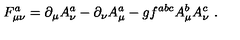
F _ { \mu \nu } ^ { a } = \partial _ { \mu } A _ { \nu } ^ { a } - \partial _ { \nu } A _ { \mu } ^ { a } - g f ^ { a b c } A _ { \mu } ^ { b } A _ { \nu } ^ { c } \ .